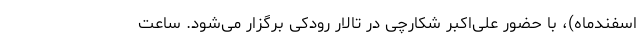
اسفندماه)، با حضور علی‌اکبر شکارچی در تالار رودکی برگزار می‌شود. ساعت